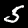
Digit: 5